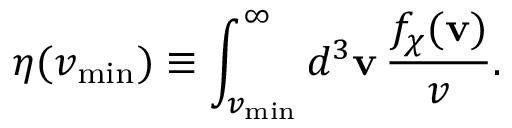
\eta ( v _ { \mathrm { m i n } } ) \equiv \int _ { v _ { \mathrm { m i n } } } ^ { \infty } d ^ { 3 } \mathbf { v } \, \frac { f _ { \chi } ( \mathbf { v } ) } { v } .